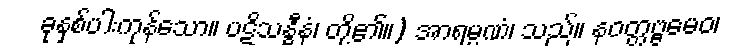
ခုနှစ်ပါးကုန်သော။ ပဋိသန္ဓီနံ၊ တို့၏။) အာရမ္မဏံ၊ သည်။ နဝတ္တဗ္ဗမေဝ၊